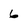
Character: 6